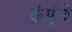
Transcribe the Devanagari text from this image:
कंपूंचे